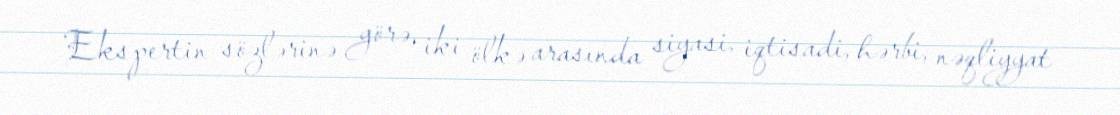
Ekspertin sözlərinə görə, iki ölkə arasında siyasi, iqtisadi, hərbi, nəqliyyat